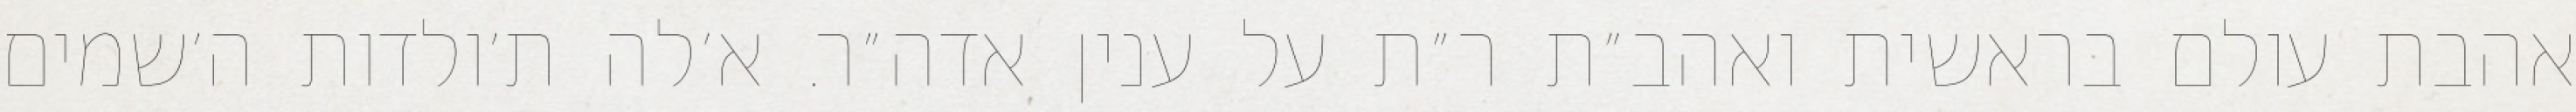
אהבת עולם בראשית ואהב״ת ר״ת על ענין אדה״ר. א׳לה ת׳ולדות ה׳שמים